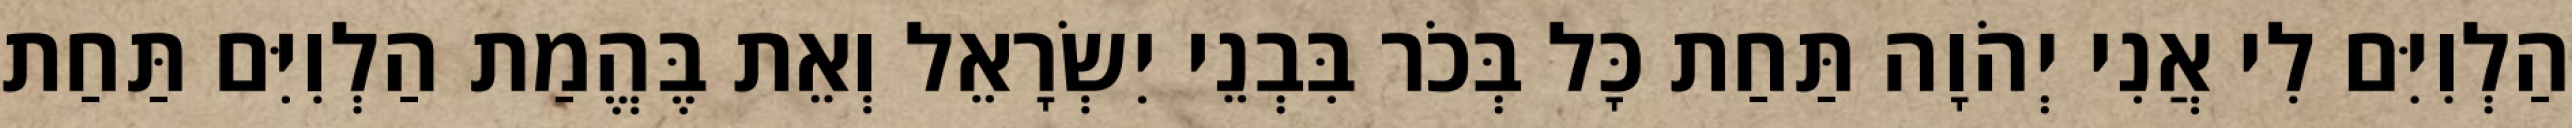
הַלְוִיִּם לִי אֲנִי יְהֹוָה תַּחַת כָּל בְּכֹר בִּבְנֵי יִשְׂרָאֵל וְאֵת בֶּהֱמַת הַלְוִיִּם תַּחַת